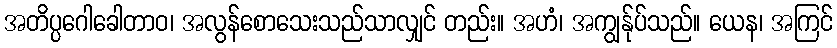
အတိပ္ပဂေါခေါတာဝ၊ အလွန်စောသေးသည်သာလျှင် တည်း။ အဟံ၊ အကျွန်ုပ်သည်။ ယေန၊ အကြင်